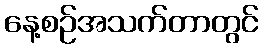
နေ့စဉ်အသက်တာတွင်